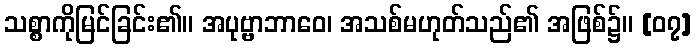
သစ္စာကိုမြင်ခြင်း၏။ အပုဗ္ဗာဘာဝေ၊ အသစ်မဟုတ်သည်၏ အဖြစ်၌။ [၀၇]